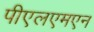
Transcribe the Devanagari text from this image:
पीएलएमएन